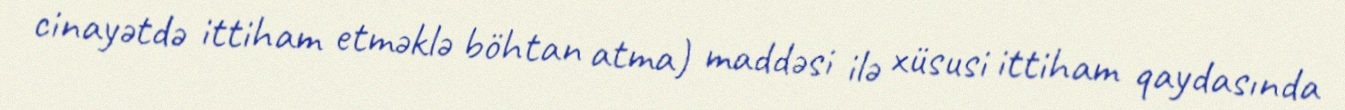
cinayətdə ittiham etməklə böhtan atma) maddəsi ilə xüsusi ittiham qaydasında